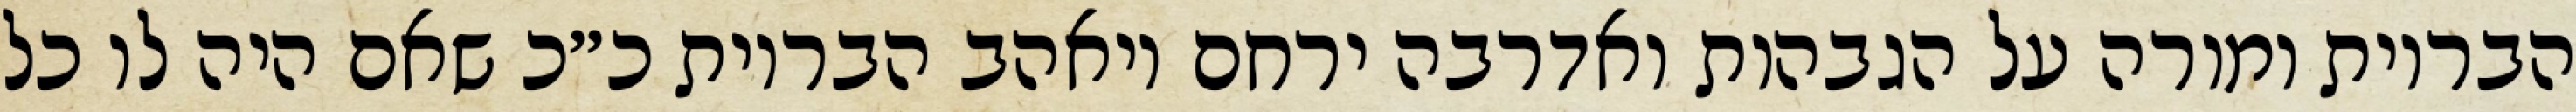
הבריות ומורה על הגבהות ואדרבה ירחם ויאהב הבריות כ״כ שאם היה לו כל